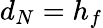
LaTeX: d_{N}=h_{f}